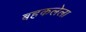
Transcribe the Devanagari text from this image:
बहकलेला